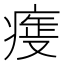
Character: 𤷺